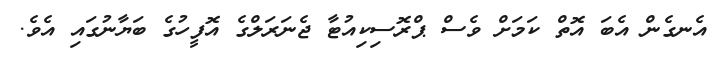
އެނގެން އެބަ އޮތް ކަމަށް ވެސް ޕްރޮސިކިއުޓާ ޖެނަރަލްގެ އޮފީހުގެ ބަޔާނުގައި އެވެ.